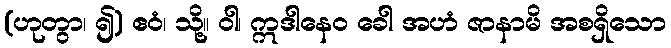
(ဟုတွာ၊ ၍) ဧဝံ၊ သို့။ ဝါ၊ ဣဒါနေဝ ခေါ အဟံ ဇာနာမိ အစရှိသော